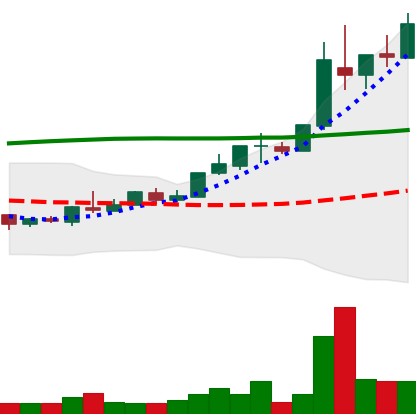
Ticker: TRX-USD
Chart end date: 2018-04-28
Forward return: 6.953%
Label: up_5_7